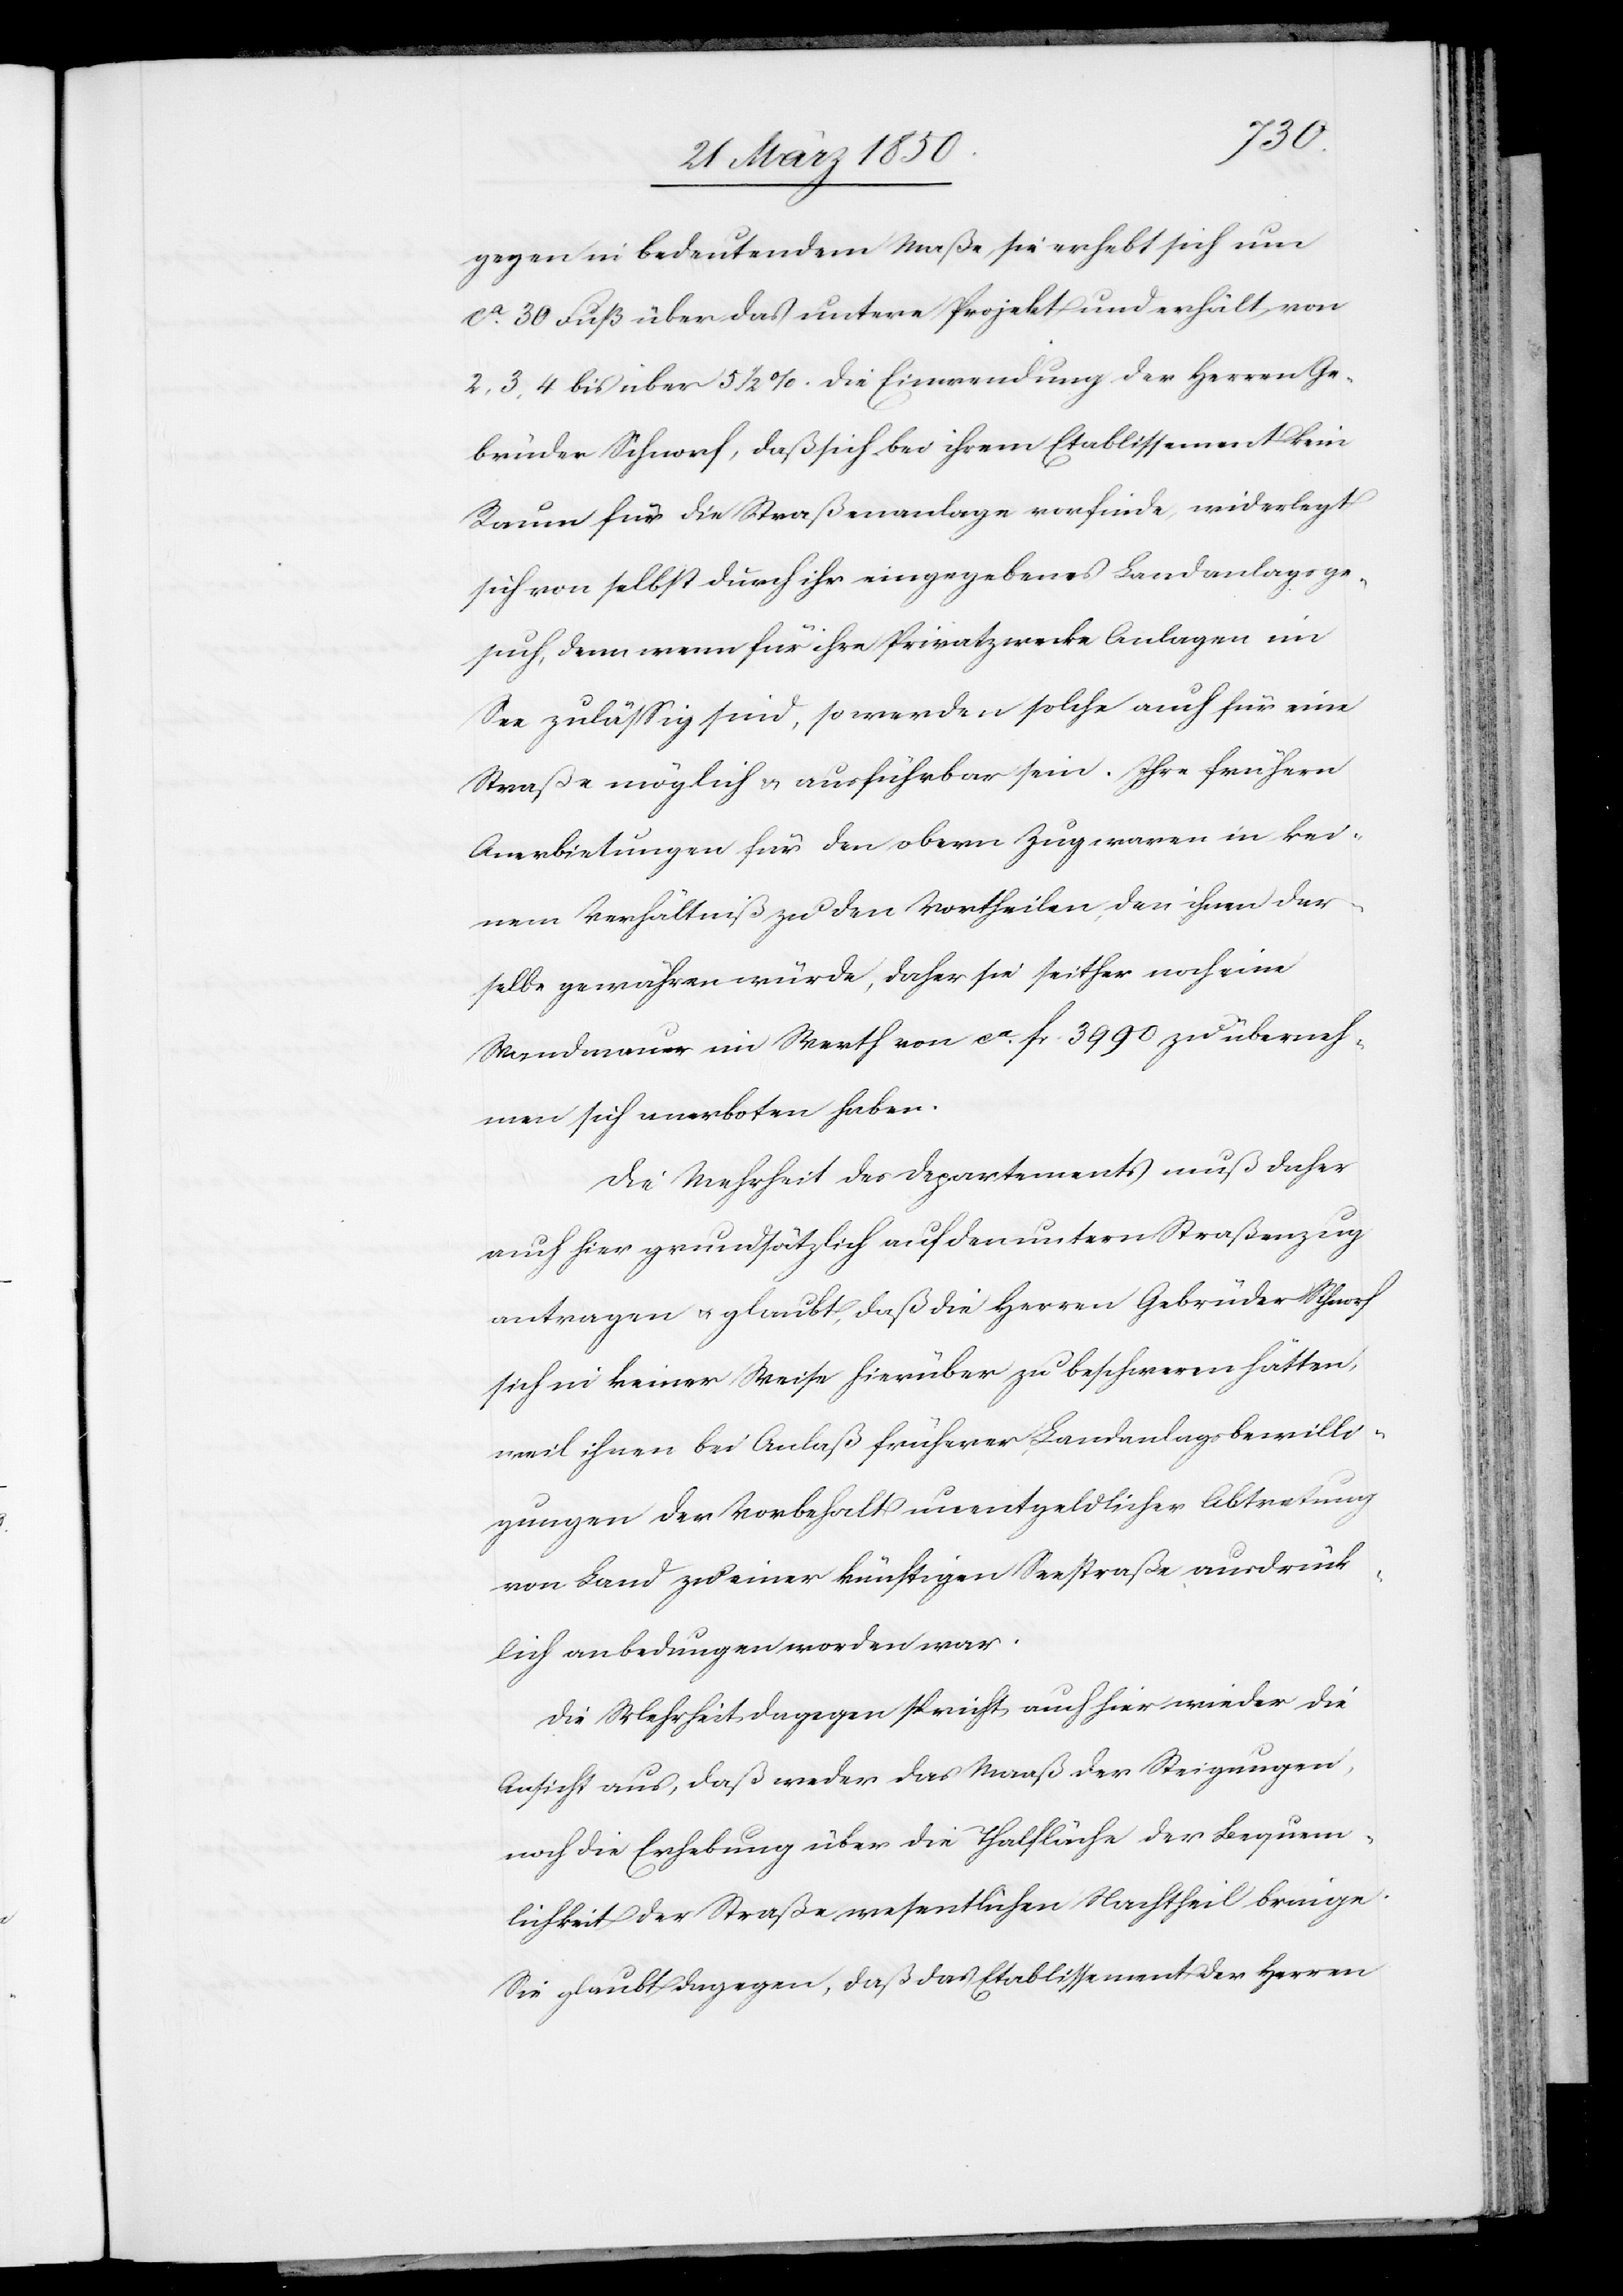
gegen in bedeutendem Maße, sie erhebt sich um
ca 30 Fuß über das untere Projekt und erhält von
2, 3, 4 bis über 5 1/2 %. Die Einwendung der Herren Ge¬
brüder Schnorf, daß sich bei ihrem Etablissement kein
Raum für die Straßenanlage vorfinde, widerlegt
sich von selbst durch ihr eingegebenes Landanlagsge¬
such, denn wenn für ihre Privatzwecke Anlagen im
See zulässig sind, so werden solche auch für eine
Straße möglich u. ausführbar sein. Ihre frühern
Anerbietungen für den obern Zug waren in kei¬
nem Verhältniß zu den Vortheilen, den ihnen der¬
selbe gewähren würde, daher sie seither noch eine
Wandmauer im Werth von ca fr. 3990 zu überneh¬
men sich anerboten haben.
Die Mehrheit des Departements muß daher
auch hier grundsätzlich auf den untern Straßenzug
antragen u. glaubt, daß die Herren Gebrüder Schnorf
sich in keiner Weise hierüber zu beschweren hätten,
weil ihnen bei Anlaß früherer Landanlagsbewilli¬
gungen der Vorbehalt unentgeldlicher Abtretung
von Land zu einer künftigen Seestraße ausdrück¬
lich anbedungen worden war.
Die Mehrheit dagegen spricht auch hier wieder die
Ansicht aus, daß weder das Maaß der Steigungen,
noch die Erhebung über die Thalfläche der Bequem¬
lichkeit der Straße wesentlichen Nachtheil bringe.
Sie glaubt dagegen, daß das Etablissement der Herren